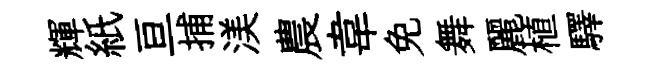
輝紙亘捕渼農韋免舞麗植驛